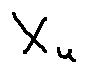
X _ { u }